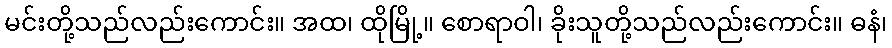
မင်းတို့သည်လည်းကောင်း။ အထ၊ ထိုမြို့။ စောရာဝါ၊ ခိုးသူတို့သည်လည်းကောင်း။ ဓနံ၊